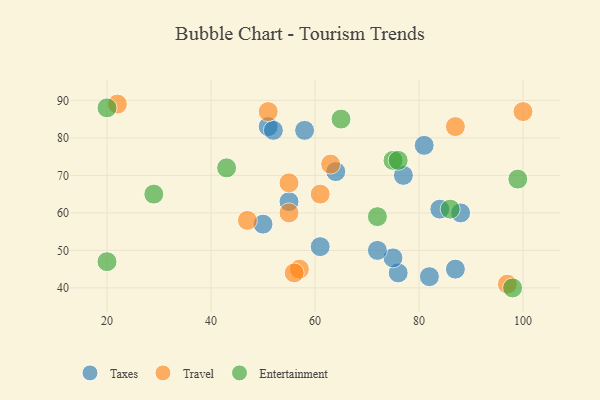
{"axis": {"x": "GDP", "y": "Life Expectancy"}, "legend": ["Entertainment", "Taxes", "Travel"], "data": [{"x": "76", "y": 44, "type": "Taxes"}, {"x": "58", "y": 82, "type": "Taxes"}, {"x": "82", "y": 43, "type": "Taxes"}, {"x": "87", "y": 45, "type": "Taxes"}, {"x": "84", "y": 61, "type": "Taxes"}, {"x": "81", "y": 78, "type": "Taxes"}, {"x": "75", "y": 48, "type": "Taxes"}, {"x": "51", "y": 83, "type": "Taxes"}, {"x": "55", "y": 63, "type": "Taxes"}, {"x": "52", "y": 82, "type": "Taxes"}, {"x": "77", "y": 70, "type": "Taxes"}, {"x": "64", "y": 71, "type": "Taxes"}, {"x": "72", "y": 50, "type": "Taxes"}, {"x": "50", "y": 57, "type": "Taxes"}, {"x": "88", "y": 60, "type": "Taxes"}, {"x": "61", "y": 51, "type": "Taxes"}, {"x": "87", "y": 83, "type": "Travel"}, {"x": "100", "y": 87, "type": "Travel"}, {"x": "55", "y": 60, "type": "Travel"}, {"x": "61", "y": 65, "type": "Travel"}, {"x": "47", "y": 58, "type": "Travel"}, {"x": "57", "y": 45, "type": "Travel"}, {"x": "63", "y": 73, "type": "Travel"}, {"x": "22", "y": 89, "type": "Travel"}, {"x": "51", "y": 87, "type": "Travel"}, {"x": "56", "y": 44, "type": "Travel"}, {"x": "55", "y": 68, "type": "Travel"}, {"x": "97", "y": 41, "type": "Travel"}, {"x": "75", "y": 74, "type": "Entertainment"}, {"x": "20", "y": 88, "type": "Entertainment"}, {"x": "86", "y": 61, "type": "Entertainment"}, {"x": "76", "y": 74, "type": "Entertainment"}, {"x": "72", "y": 59, "type": "Entertainment"}, {"x": "20", "y": 47, "type": "Entertainment"}, {"x": "98", "y": 40, "type": "Entertainment"}, {"x": "99", "y": 69, "type": "Entertainment"}, {"x": "43", "y": 72, "type": "Entertainment"}, {"x": "65", "y": 85, "type": "Entertainment"}, {"x": "29", "y": 65, "type": "Entertainment"}]}